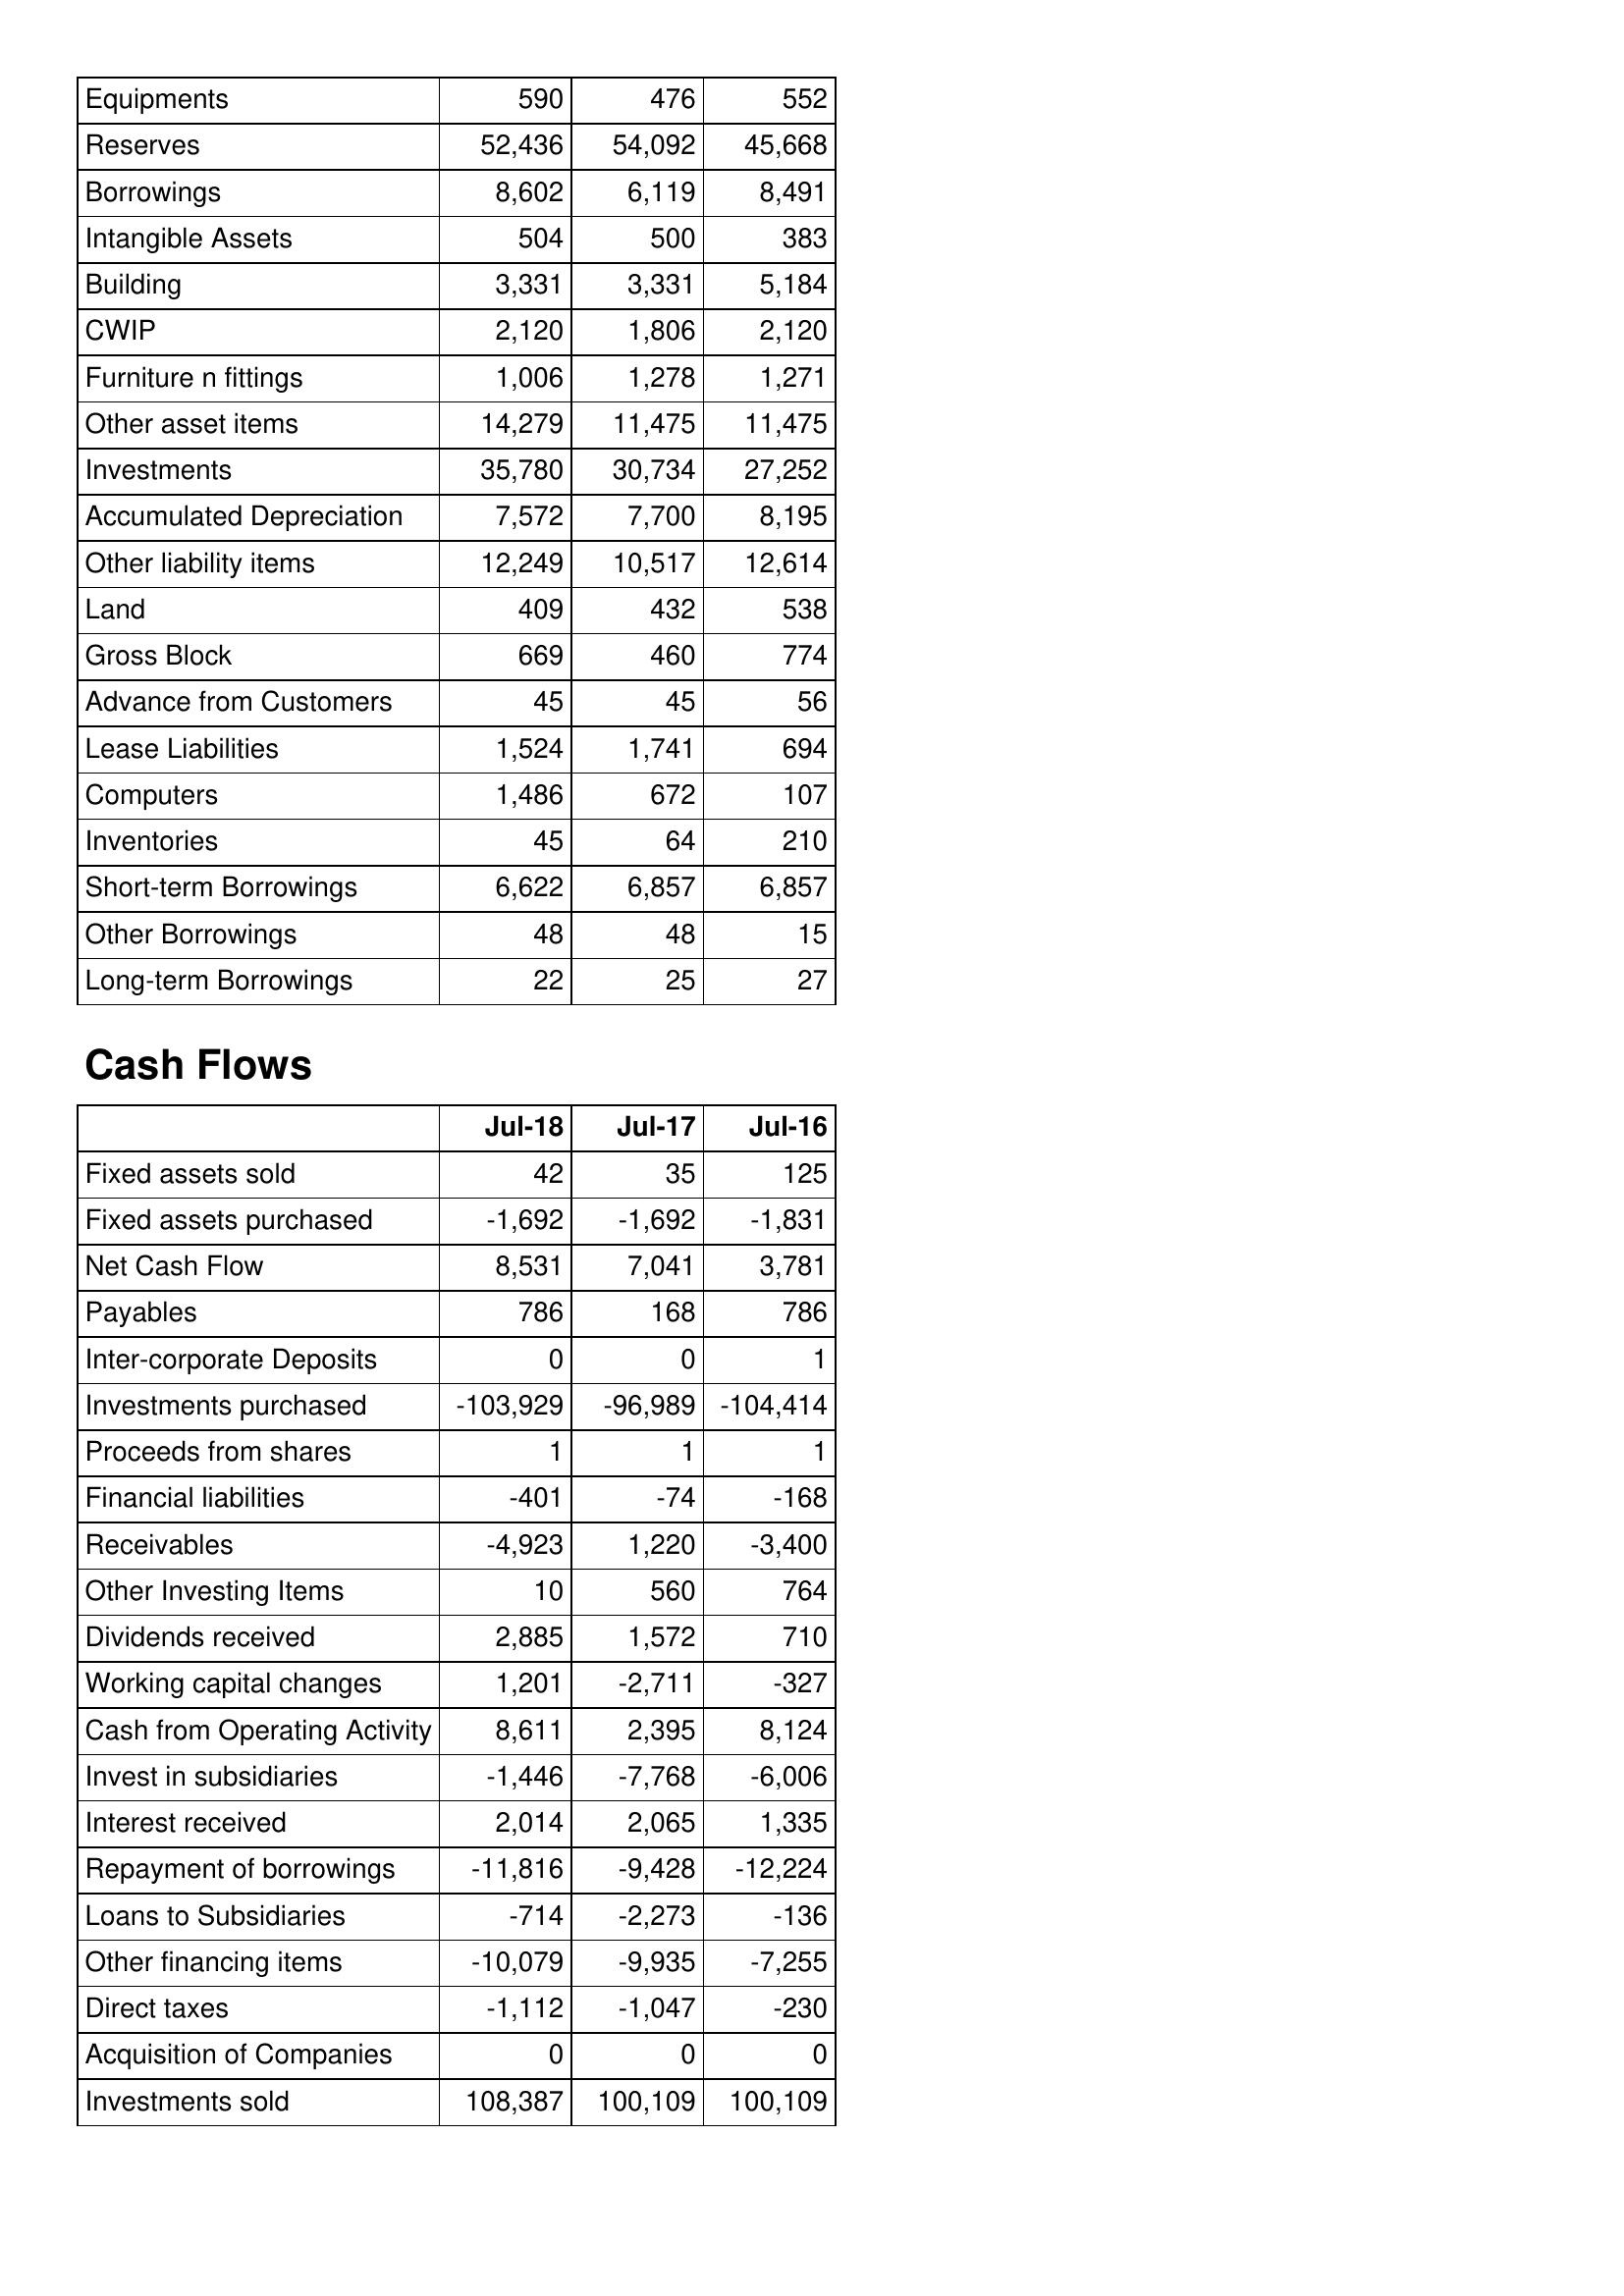
Jul-18: Balance Sheet: Equipments: 590
Reserves: 52,436
Borrowings: 8,602
Intangible Assets: 504
Building: 3,331
CWIP: 2,120
Furniture n fittings: 1,006
Other asset items: 14,279
Investments: 35,780
Accumulated Depreciation: 7,572
Other liability items: 12,249
Land: 409
Gross Block: 669
Advance from Customers: 45
Lease Liabilities: 1,524
Computers: 1,486
Inventories: 45
Short-term Borrowings: 6,622
Other Borrowings: 48
Long-term Borrowings: 22
Cash Flows: Fixed assets sold: 42
Fixed assets purchased: -1,692
Net Cash Flow: 8,531
Payables: 786
Inter-corporate Deposits: 0
Investments purchased: -103,929
Proceeds from shares: 1
Financial liabilities: -401
Receivables: -4,923
Other Investing Items: 10
Dividends received: 2,885
Working capital changes: 1,201
Cash from Operating Activity: 8,611
Invest in subsidiaries: -1,446
Interest received: 2,014
Repayment of borrowings: -11,816
Loans to Subsidiaries: -714
Other financing items: -10,079
Direct taxes: -1,112
Acquisition of Companies: 0
Investments sold: 108,387
Jul-17: Balance Sheet: Equipments: 476
Reserves: 54,092
Borrowings: 6,119
Intangible Assets: 500
Building: 3,331
CWIP: 1,806
Furniture n fittings: 1,278
Other asset items: 11,475
Investments: 30,734
Accumulated Depreciation: 7,700
Other liability items: 10,517
Land: 432
Gross Block: 460
Advance from Customers: 45
Lease Liabilities: 1,741
Computers: 672
Inventories: 64
Short-term Borrowings: 6,857
Other Borrowings: 48
Long-term Borrowings: 25
Cash Flows: Fixed assets sold: 35
Fixed assets purchased: -1,692
Net Cash Flow: 7,041
Payables: 168
Inter-corporate Deposits: 0
Investments purchased: -96,989
Proceeds from shares: 1
Financial liabilities: -74
Receivables: 1,220
Other Investing Items: 560
Dividends received: 1,572
Working capital changes: -2,711
Cash from Operating Activity: 2,395
Invest in subsidiaries: -7,768
Interest received: 2,065
Repayment of borrowings: -9,428
Loans to Subsidiaries: -2,273
Other financing items: -9,935
Direct taxes: -1,047
Acquisition of Companies: 0
Investments sold: 100,109
Jul-16: Balance Sheet: Equipments: 552
Reserves: 45,668
Borrowings: 8,491
Intangible Assets: 383
Building: 5,184
CWIP: 2,120
Furniture n fittings: 1,271
Other asset items: 11,475
Investments: 27,252
Accumulated Depreciation: 8,195
Other liability items: 12,614
Land: 538
Gross Block: 774
Advance from Customers: 56
Lease Liabilities: 694
Computers: 107
Inventories: 210
Short-term Borrowings: 6,857
Other Borrowings: 15
Long-term Borrowings: 27
Cash Flows: Fixed assets sold: 125
Fixed assets purchased: -1,831
Net Cash Flow: 3,781
Payables: 786
Inter-corporate Deposits: 1
Investments purchased: -104,414
Proceeds from shares: 1
Financial liabilities: -168
Receivables: -3,400
Other Investing Items: 764
Dividends received: 710
Working capital changes: -327
Cash from Operating Activity: 8,124
Invest in subsidiaries: -6,006
Interest received: 1,335
Repayment of borrowings: -12,224
Loans to Subsidiaries: -136
Other financing items: -7,255
Direct taxes: -230
Acquisition of Companies: 0
Investments sold: 100,109